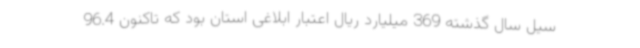
سیل سال گذشته 369 میلیارد ریال اعتبار ابلاغی استان بود که تاکنون 96.4